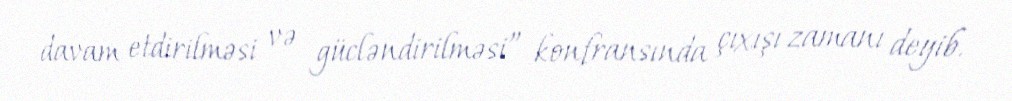
davam etdirilməsi və gücləndirilməsi” konfransında çıxışı zamanı deyib.